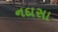
નદાસા